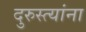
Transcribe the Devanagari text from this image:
दुरुस्त्यांना